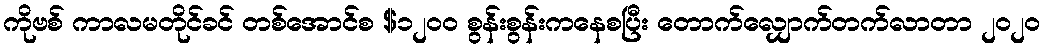
ကိုဗစ် ကာလမတိုင်ခင် တစ်အောင်စ $၁၂၀၀ စွန်းစွန်းကနေစပြီး တောက်လျှောက်တက်လာတာ ၂၀၂၀